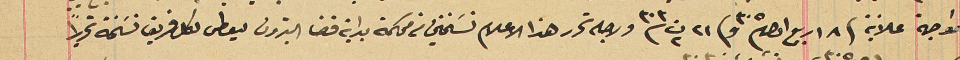
مواجهة علانية فى ١٨ ربيع اول ٣٠٥ وفى ٢١ ت٢ ٣٠٣ ولاجله تحرر هذا الاعلام نسَختين من محكمة بداية قضا البترون ليعطى لكل فريق نسَخة تحريراً